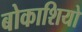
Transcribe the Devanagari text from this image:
बोकाशियो